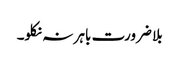
بلا ضرورت باہر نہ نکلو۔